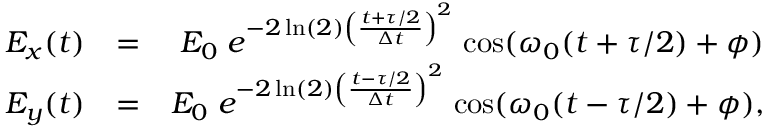
\begin{array} { r l r } { E _ { x } ( t ) } & { = } & { E _ { 0 } \; e ^ { - 2 \ln ( 2 ) \left( \frac { t + \tau / 2 } { \Delta t } \right) ^ { 2 } } \; \mathrm { c o s } ( \omega _ { 0 } ( t + \tau / 2 ) + \phi ) } \\ { E _ { y } ( t ) } & { = } & { E _ { 0 } \; e ^ { - 2 \ln ( 2 ) \left( \frac { t - \tau / 2 } { \Delta t } \right) ^ { 2 } } \; \mathrm { c o s } ( \omega _ { 0 } ( t - \tau / 2 ) + \phi ) , } \end{array}